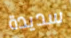
سديدة